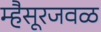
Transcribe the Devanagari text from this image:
म्हैसूरजवळ